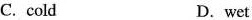
C. cold D.wet